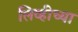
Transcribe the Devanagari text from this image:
लिव्हीच्या